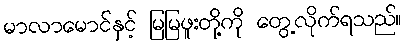
မာလာမောင်နှင့် မြမြဖူးတို့ကို တွေ့လိုက်ရသည်။